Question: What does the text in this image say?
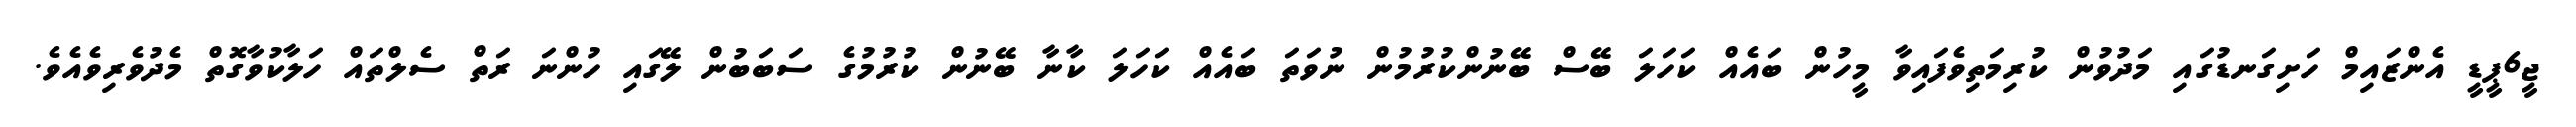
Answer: ޖީ6ޕީޑީ އެންޒައިމް ހަށިގަނޑުގައި މަދުވުން ކުރިމަތިވެފައިވާ މީހުން ބައެއް ކަހަލަ ބޭސް ބޭނުންކުރުމުން ނުވަތަ ބައެއް ކަހަލަ ކާނާ ބޭނުން ކުރުމުގެ ސަބަބުން ލޭގައި ހުންނަ ރަތް ސެލްތައް ހަލާކުވާގޮތް މެދުވެރިވެއެވެ.